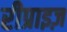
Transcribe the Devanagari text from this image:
रीप्राइज़